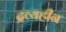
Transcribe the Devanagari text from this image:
द्रव्यहीन